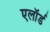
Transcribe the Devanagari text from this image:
एलॉर्ड